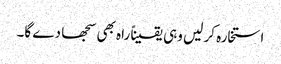
استخارہ کر لیں وہی یقیناً راہ بھی سجھا دے گا۔